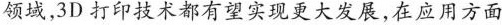
领域.3D打印技术都有望实现更大发展,在应用方面